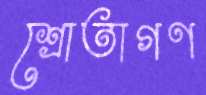
শ্রোতাগণ